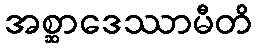
အစ္ဆာဒေဿာမီတိ